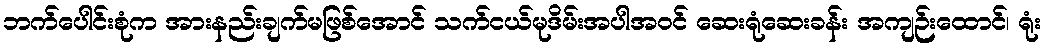
ဘက်ပေါင်းစုံက အားနည်းချက်မဖြစ်အောင် သက်ငယ်မုဒိမ်းအပါအဝင် ဆေးရုံဆေးခန်း အကျဉ်းထောင်၊ ရုံး